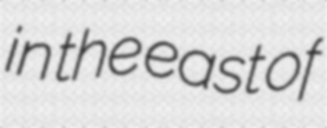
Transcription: in the east of